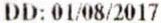
DD: 01/08/2017